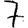
Digit: 7